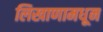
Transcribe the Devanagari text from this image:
लिखाणामधून